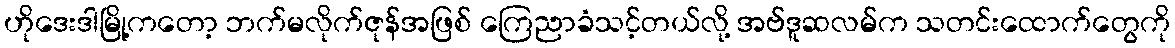
ဟိုဒေးဒါမြို့ကတော့ ဘက်မလိုက်ဇုန်အဖြစ် ကြေညာခံသင့်တယ်လို့ အဗ်ဒူဆလမ်က သတင်းထောက်တွေကို